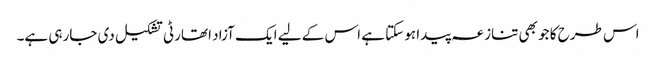
اس طرح کا جو بھی تنازعہ پیدا ہوسکتا ہے اس کے لیے ایک آزاد اتھارٹی تشکیل دی جارہی ہے۔